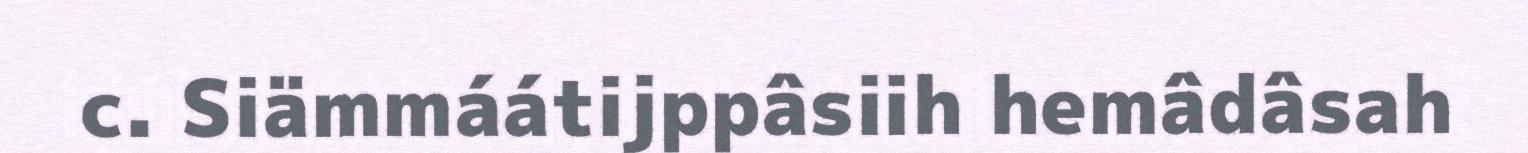
c. Siämmáátijppâsiih hemâdâsah